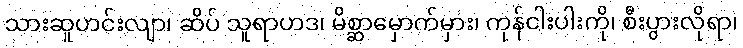
သားဆူဟင်းလျာ၊ ဆိပ် သူရာဟဒ၊ မိစ္ဆာမှောက်မှား၊ ကုန်ငါးပါးကို၊ စီးပွားလိုရာ၊